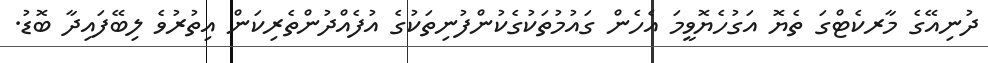
ދުނިއޭގެ މާރކެޓްގަ ތެޔޮ އަގުހެޔޮވީމަ އެހެން ގައުމުތަކުގެކުންފުނިތަކުގެ އުފެއްދުންތެރިކަން އިތުރުވެ ލިބޭފައިދާ ބޮޑު.